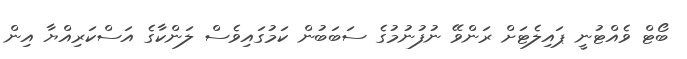
ބޯޓް ވެއްޓުނީ ޕައިލެޓަށް ރަންވޭ ނުފުނުމުގެ ސަބަބުން ކަމުގައިވެސް ލަންކާގެ އަސްކަރިއްޔާ އިން